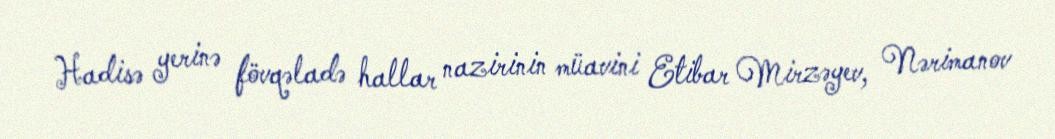
Hadisə yerinə fövqəladə hallar nazirinin müavini Etibar Mirzəyev, Nərimanov